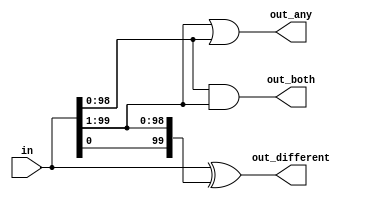
// This program was cloned from: https://github.com/viduraakalanka/HDL-Bits-Solutions
// License: The Unlicense

module top_module( 
    input [99:0] in,
    output [98:0] out_both,
    output [99:1] out_any,
    output [99:0] out_different );
	
    assign out_both      = in[98:0] & in[99:1];//here bits of input vector is shifted right 
    									//and bitwise and is performed to obtain the required output
    assign out_any       = in[99:1] | in[98:0];
    assign out_different = in ^ {in[0],in[99:1]};
 
endmodule